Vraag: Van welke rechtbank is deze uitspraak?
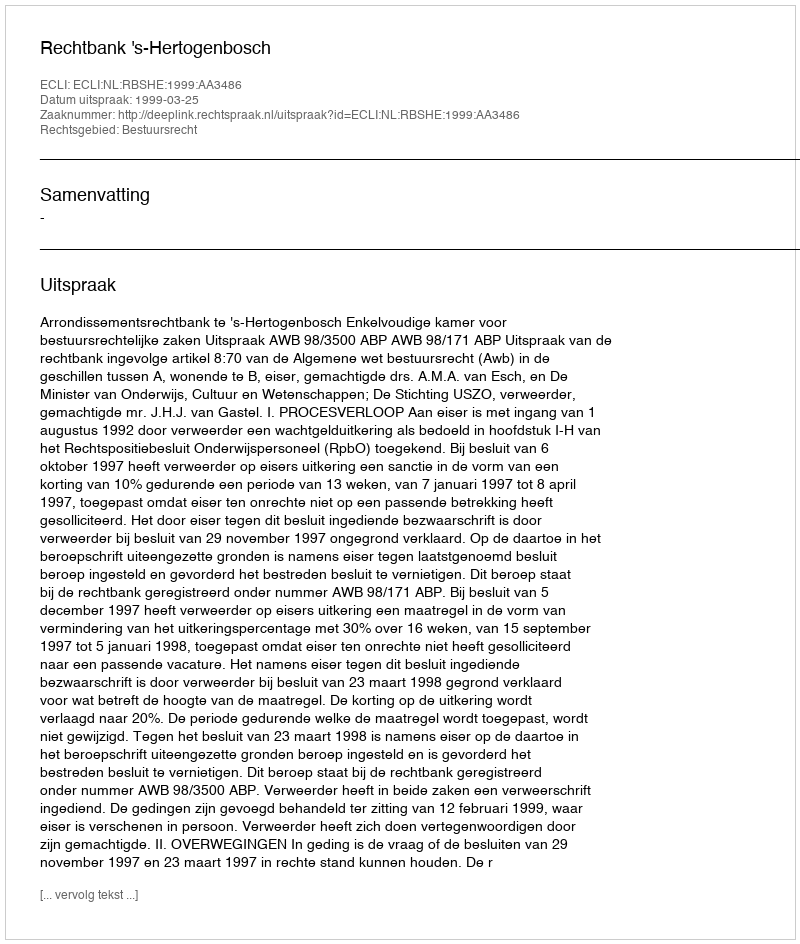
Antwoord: Rechtbank 's-Hertogenbosch